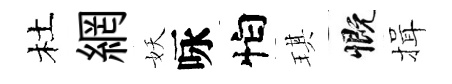
杜網妖咏怕琪慨揖